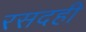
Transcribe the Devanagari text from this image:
रसदही